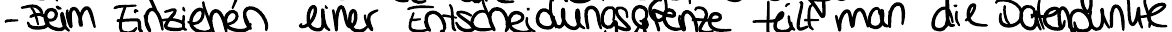
- Beim Einziehen einer Entscheidungsgrenze teilt man die Datenpunkte